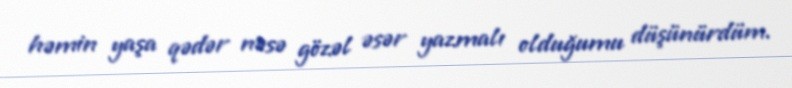
həmin yaşa qədər nəsə gözəl əsər yazmalı olduğumu düşünürdüm.